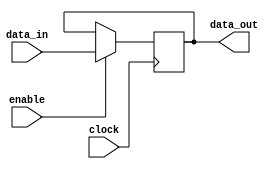
module data_enable_latch (
    input wire data_in,     // Data input
    input wire enable,      // Enable signal
    input wire clock,       // Clock signal
    output reg data_out     // Data output
);

always @(posedge clock) begin
    if (enable) begin
        data_out <= data_in;
    end
end

endmodule